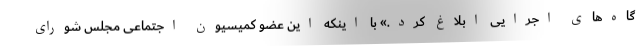
گاه‌های اجرایی ابلاغ کرد.» با اینکه این عضو کمیسیون اجتماعی مجلس شورای